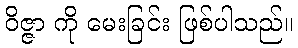
ဝိဇ္ဇာ ကို မေးခြင်း ဖြစ်ပါသည်။